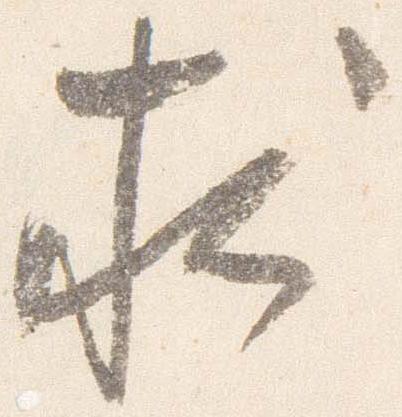
求